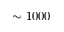
\sim 1 0 0 0